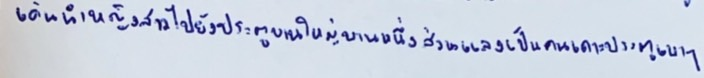
เดินนำหญิงสาวไปยังประตูบานใหญ่บานหนึ่งส่วนแลงเป็นคนเคาะประตูเบาๆ